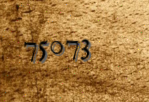
75073